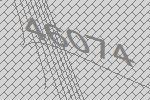
46074